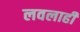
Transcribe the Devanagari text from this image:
लवलाहीं